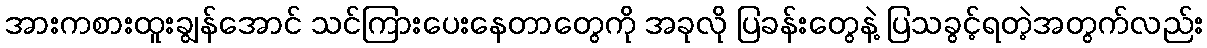
အားကစားထူးချွန်အောင် သင်ကြားပေးနေတာတွေကို အခုလို ပြခန်းတွေနဲ့ ပြသခွင့်ရတဲ့အတွက်လည်း